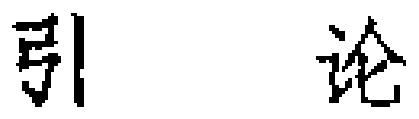
引 论